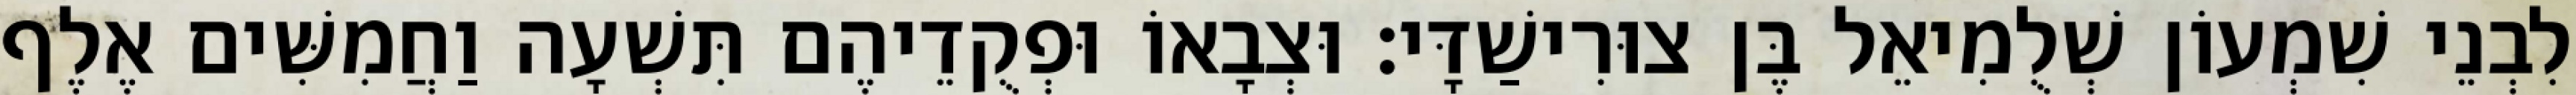
לִבְנֵי שִׁמְעוֹן שְׁלֻמִיאֵל בֶּן צוּרִישַׁדָּי׃ וּצְבָאוֹ וּפְקֻדֵיהֶם תִּשְׁעָה וַחֲמִשִּׁים אֶלֶף